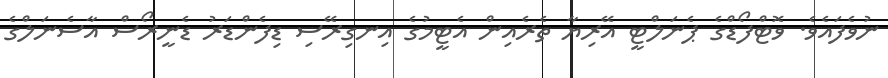
ނުވެފައެވެ. ވޮޓްފޯޑްގެ ޕެނަލްޓީ އޭރިޔާ ތެރެއިން އެޓީމުގެ އިނގިރޭސި ޑިފެންޑަރު ޑެނީރޯސް އާސެނަލްގެ